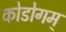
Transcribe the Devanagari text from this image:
कोडोगम्